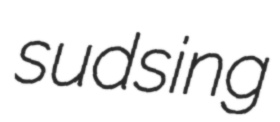
sudsing